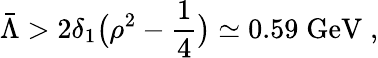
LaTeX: \bar{\Lambda}>2\delta_{1}\big(\rho^{2}-\frac{1}{4}\big)\simeq 0.59\; \mathrm{GeV}\; ,